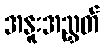
အနူးအညွှတ်